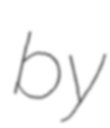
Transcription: by